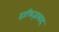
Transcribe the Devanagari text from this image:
हाफिज़ाबाद